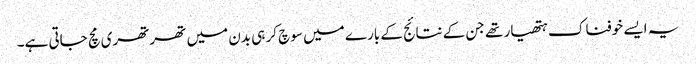
یہ ایسے خوفناک ہتھیار تھے جن کے نتائج کے بارے میں سوچ کر ہی بدن میں تھرتھری مچ جاتی ہے۔